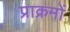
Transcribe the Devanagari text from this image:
प्राक्रमों